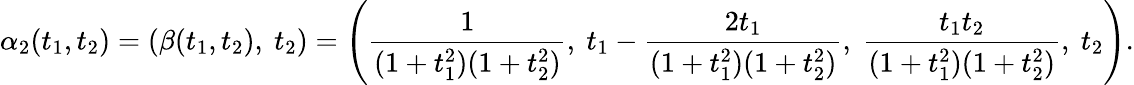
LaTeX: \alpha_{2}(t_{1},t_{2})=\left(\beta(t_{1},t_{2}),\ t_{2}\right)=\left({\frac{1}{(1+t_{1}^{2})(1+t_{2}^{2})}},\ t_{1}-{\frac{2t_{1}}{(1+t_{1}^{2})(1+t_{2}^{2})}},\ {\frac{t_{1}t_{2}}{(1+t_{1}^{2})(1+t_{2}^{2})}},\ t_{2}\right).